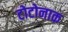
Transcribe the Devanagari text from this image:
टोटोनाक